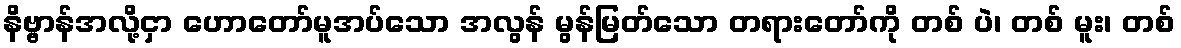
နိဗ္ဗာန်အလို့ငှာ ဟောတော်မူအပ်သော အလွန် မွန်မြတ်သော တရားတော်ကို တစ် ပဲ၊ တစ် မူး၊ တစ်